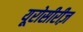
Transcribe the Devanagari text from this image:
यूरोसीरीज़